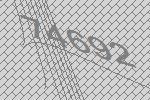
74692